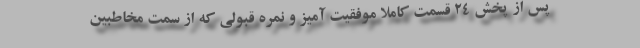
پس از پخش 24 قسمت کاملا موفقیت آمیز و نمره قبولی که از سمت مخاطبین